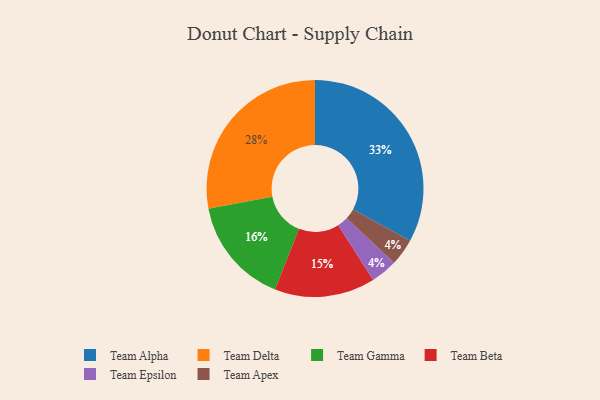
{"axis": {"x": "Category", "y": "Percentage"}, "legend": ["Team Alpha", "Team Apex", "Team Beta", "Team Delta", "Team Epsilon", "Team Gamma"], "data": [{"x": "Team Epsilon", "y": 4, "type": "Team Epsilon"}, {"x": "Team Apex", "y": 4, "type": "Team Apex"}, {"x": "Team Beta", "y": 15, "type": "Team Beta"}, {"x": "Team Alpha", "y": 33, "type": "Team Alpha"}, {"x": "Team Gamma", "y": 16, "type": "Team Gamma"}, {"x": "Team Delta", "y": 28, "type": "Team Delta"}]}